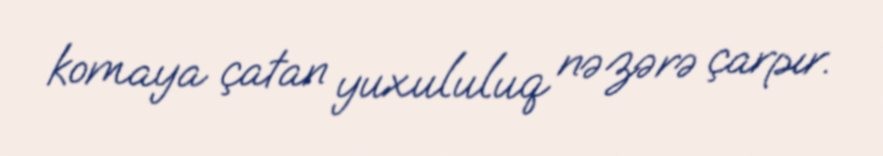
komaya çatan yuxululuq nəzərə çarpır.